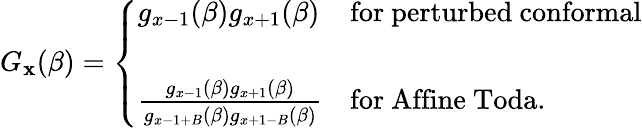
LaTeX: G_{\mathbf{x}}(\beta)=\left\{ \begin{array}{lll}{{g_{x-1}(\beta)g_{x+1}(\beta)}}&{{\mathrm{for}\ \mathrm{perturbed\ conformal}}}\\ {{}}&{{}}\\ {{{\frac{g_{x-1}(\beta)g_{x+1}(\beta)}{\strut g_{x-1+B}(\beta)g_{x+1-B}(\beta)}}}}&{{\mathrm{for}\ \mathrm{Affine\ Toda}.}}\end{array}\right.